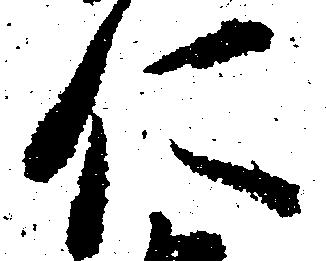
仁